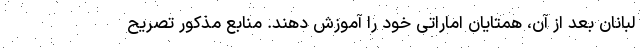
لبانان بعد از آن، همتایان اماراتی خود را آموزش دهند. منابع مذکور تصریح